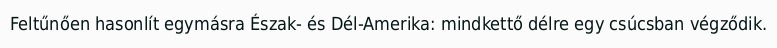
Feltűnően hasonlít egymásra Észak- és Dél-Amerika: mindkettő délre egy csúcsban végződik.